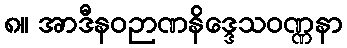
၈။ အာဒီနဝဉာဏနိဒ္ဒေသဝဏ္ဏနာ